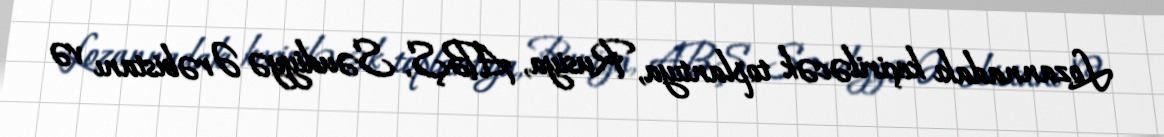
Lozannadakı keçiriləcək toplantıya, Rusiya, ABŞ, Səudiyyə Ərəbistanı və